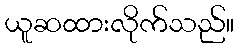
ယူဆထားလိုက်သည်။